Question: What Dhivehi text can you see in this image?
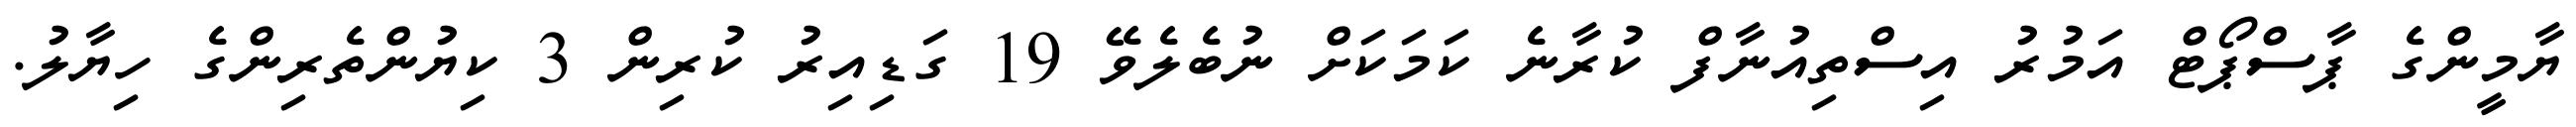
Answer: ޔާމީންގެ ޕާސްޕޯޓް އަމުރު އިސްތިއުނާފް ކުރާނެ ކަމަކަށް ނުބެލެވޭ 19 ގަޑިއިރު ކުރިން 3 ކިޔުންތެރިންގެ ހިޔާލު.